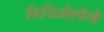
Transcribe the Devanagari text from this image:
फिजिओलॉजी